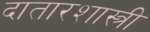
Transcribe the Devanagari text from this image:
दातारशास्त्री